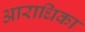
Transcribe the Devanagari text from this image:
आराधिका